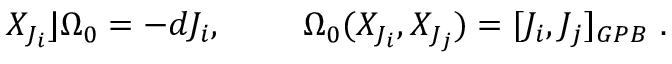
X _ { J _ { i } } \rfloor \Omega _ { 0 } = - d J _ { i } , ~ ~ ~ ~ ~ ~ ~ \Omega _ { 0 } ( X _ { J _ { i } } , X _ { J _ { j } } ) = [ J _ { i } , J _ { j } ] _ { G P B } ~ .